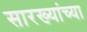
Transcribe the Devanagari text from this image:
सारख्यांच्या